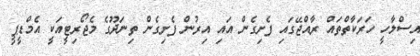
އިސްލާހީ ހަރަކާތްތައް ރާއްޖޭގައި ފެށިގެން އައި އިރުން ފެށިގެން ތިނަދޫގެ މެޖޯރިޓީއަކީ އެމްޑީޕީ